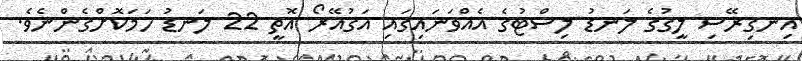
އިނގިރޭސި ލީގުގެ ލަނޑު ލިސްޓުގެ އެއްވަނައިގައި އަގުއޭރޯ އޮތީ 22 ލަނޑު ހަމަކޮށްގެންނެވެ.